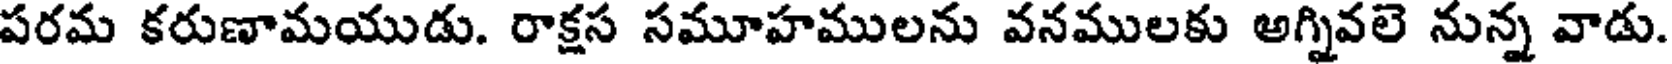
పరమ కరుణామయుడు. రాక్షస సమూహములను వనములకు అగ్నివలె నున్న వాడు.